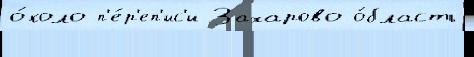
о́коло п'е́р'еп'ис'и Захарово о́бласть